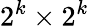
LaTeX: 2^{k}\times 2^{k}